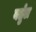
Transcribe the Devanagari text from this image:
बर्तुल